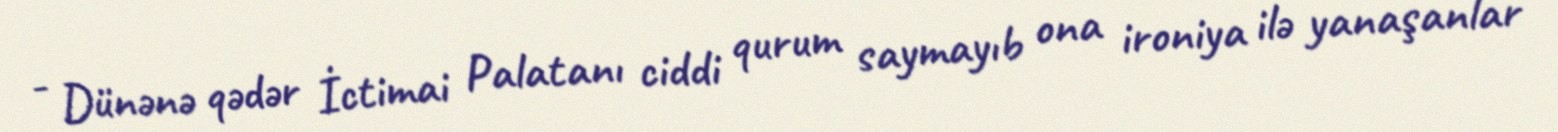
- Dünənə qədər İctimai Palatanı ciddi qurum saymayıb ona ironiya ilə yanaşanlar